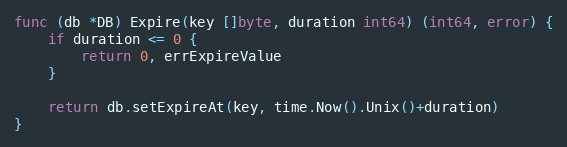
Language: Go
func (db *DB) Expire(key []byte, duration int64) (int64, error) {
	if duration <= 0 {
		return 0, errExpireValue
	}

	return db.setExpireAt(key, time.Now().Unix()+duration)
}